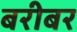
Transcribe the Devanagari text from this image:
बरीबर